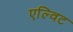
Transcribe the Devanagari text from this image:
एल्विट